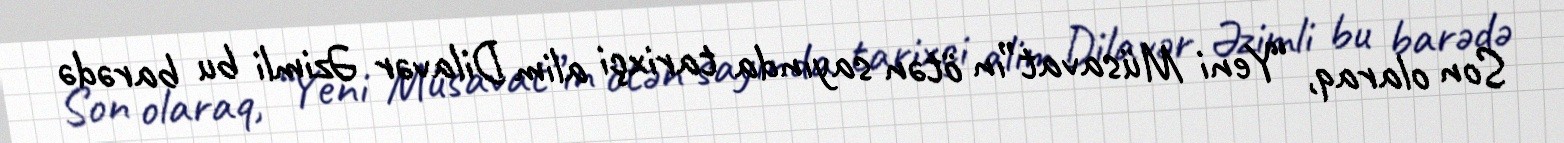
Son olaraq, “Yeni Müsavat”ın ötən sayında tarixçi alim Dilavər Əzimli bu barədə